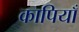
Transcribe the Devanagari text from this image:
कापियाँ